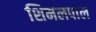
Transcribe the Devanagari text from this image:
शिमलपाल